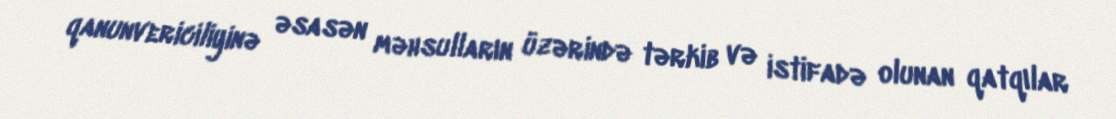
qanunvericiliyinə əsasən məhsulların üzərində tərkib və istifadə olunan qatqılar